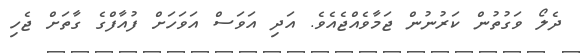
ދެލޯ ވަގުތުން ކަރުނުން ޖަމާވެއްޖެއެވެ. އަދި އަވަސް އަވަހަށް ފުއާފްގެ ގާތަށް ޖެހި